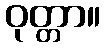
ဝုတ္တာ။